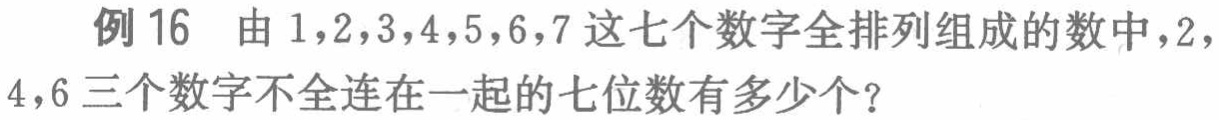
例 16 由 \(1,2,3,4,5,6,7\) 这七个数字全排列组成的数中，\(2,4,6\) 三个数字不全连在一起的七位数有多少个？